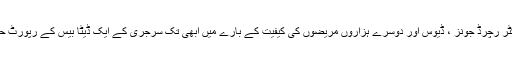
ان کے معالج ڈاکٹر رچرڈ جونز ، ڈیوس اور دوسرے ہزاروں مریضوں کی کیفیت کے بارے میں ابھی تک سرجری کے ایک ڈیٹا بیس کے رپورٹ حاصل کرتے ہیں۔